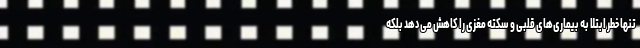
تنها خطر ابتلا به بیماری‌های قلبی و سکته مغزی را کاهش می‌دهد بلکه